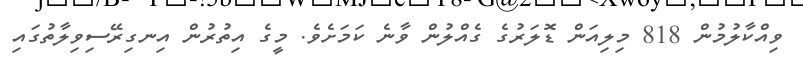
ވިއްކާލުމުން 818 މިލިއަން ޑޮލަރުގެ ގެއްލުން ވާނެ ކަމަށެވެ. މީގެ އިތުރުން އިނގިރޭސިވިލާތުގައި